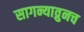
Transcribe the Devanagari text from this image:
सागन्याव्रुनच